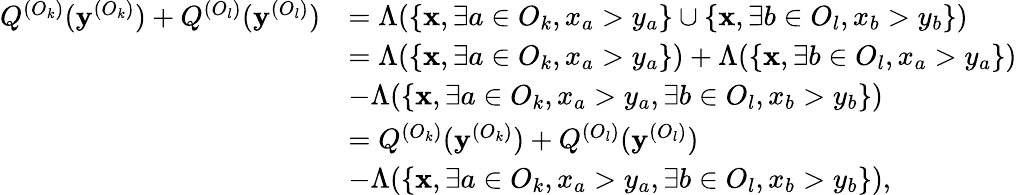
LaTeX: \begin{array}{rl}{Q^{(O_{k})}(\textbf{y}^{(O_{k})})+Q^{(O_{l})}(\textbf{y}^{(O_{l})})}&{=\Lambda(\{ \textbf{x},\exists a\in O_{k},x_{a}>y_{a}\} \cup\{ \textbf{x},\exists b\in O_{l},x_{b}>y_{b}\} )}\\ &{=\Lambda(\{ \textbf{x},\exists a\in O_{k},x_{a}>y_{a}\} )+\Lambda(\{ \textbf{x},\exists b\in O_{l},x_{a}>y_{a}\} )}\\ &{-\Lambda(\{ \textbf{x},\exists a\in O_{k},x_{a}>y_{a},\exists b\in O_{l},x_{b}>y_{b}\} )}\\ &{=Q^{(O_{k})}(\textbf{y}^{(O_{k})})+Q^{(O_{l})}(\textbf{y}^{(O_{l})})}\\ &{-\Lambda(\{ \textbf{x},\exists a\in O_{k},x_{a}>y_{a},\exists b\in O_{l},x_{b}>y_{b}\} ),}\end{array}